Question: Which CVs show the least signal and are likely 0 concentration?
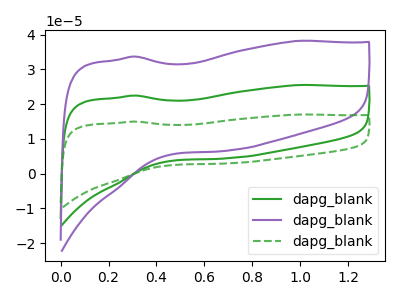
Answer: <think>The green curve "dapg_blank1" has no peaks. The purple curve "dapg_blank2" has no peaks. The green dashed curve "dapg_blank3" has no peaks.</think>
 <answer>"dapg_blank1", "dapg_blank2" and "dapg_blank3" are likely to be blanks.</answer>
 <eval>"dapg_blank1", "dapg_blank2", "dapg_blank3"</eval>